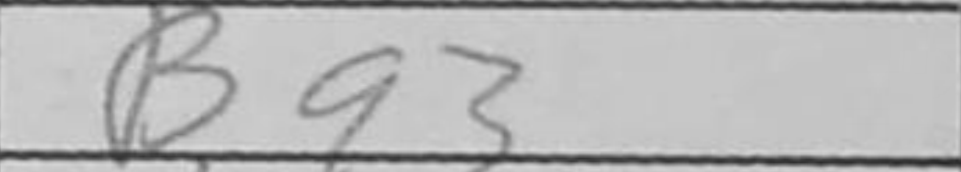
Transcription: Bg3